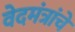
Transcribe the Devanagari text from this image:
वेदमंत्रांचे